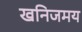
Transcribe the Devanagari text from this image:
खनिजमय